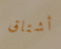
أشتاق